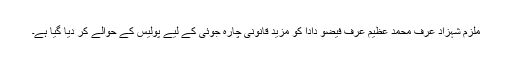
ملزم شہزاد عرف محمد عظیم عرف فیضو دادا کو مزید قانونی چارہ جوئی کے لیے پولیس کے حوالے کر دیا گیا ہے۔